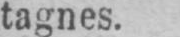
tagnes.